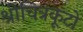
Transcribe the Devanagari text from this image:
श्रीचित्रकूटो